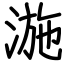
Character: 湤